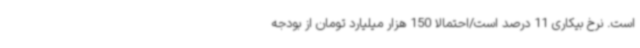
است. نرخ بیکاری 11 درصد است/احتمالاً 150 هزار میلیارد تومان از بودجه